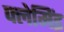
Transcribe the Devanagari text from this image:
फ्लेमिंइ